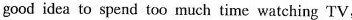
good idea to spend too much time watching TV,